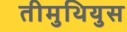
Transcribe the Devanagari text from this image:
तीमुथियुस